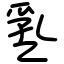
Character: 㐠